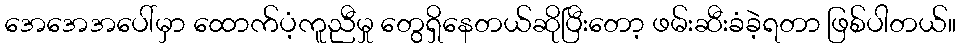
အေအေအပေါ်မှာ ထောက်ပံ့ကူညီမှု တွေရှိနေတယ်ဆိုပြီးတော့ ဖမ်းဆီးခံခဲ့ရတာ ဖြစ်ပါတယ်။